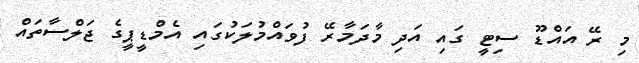
މި ރޭ އައްޑޫ ސިޓީ ގައި އަދި މާދަމާރޭ ފުވައްމުލަކުގައި އެމްޑީޕީގެ ޖަލްސާތައް